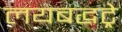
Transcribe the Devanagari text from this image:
लयबद्धट्रे